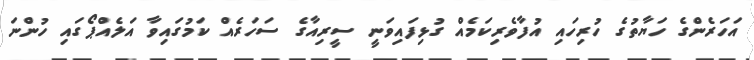
އަހަރެންގެ ހަޔާތުގެ ހުރިހައި އުފާވެރިކަމެއް ގުޅިފައިވަނީ ސީރިއާގެ ސަހަރެއް ކަމުގައިވާ އަލެއްޕޯގައި ހުންނަ